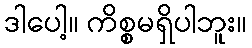
ဒါပေါ့။ ကိစ္စမရှိပါဘူး။